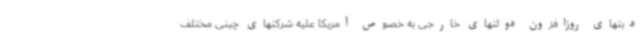
دیتهای روزافزون دولتهای خارجی به خصوص آمریکا علیه شرکتهای چینی مختلف